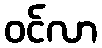
ဝင်လာ